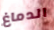
الدماغ